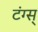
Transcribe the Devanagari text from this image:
टंग्स्